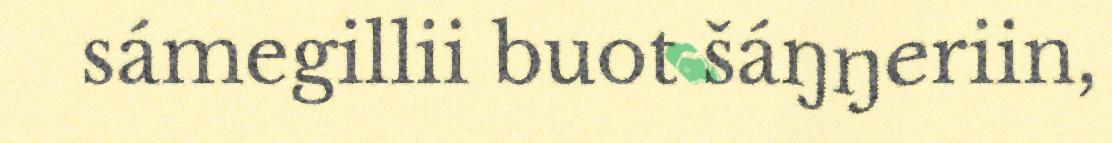
sámegillii buot šáŋŋeriin,